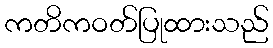
ကတိကဝတ်ပြုထားသည်